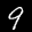
Label: 9